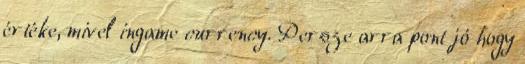
értéke, mivel ingame currency. Persze arra pont jó hogy